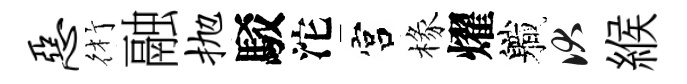
恶術融抛駁沱宫椽燿軄伏緱